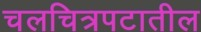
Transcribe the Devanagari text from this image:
चलचित्रपटातील